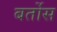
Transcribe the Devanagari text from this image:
बर्तोस